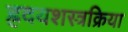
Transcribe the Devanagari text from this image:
ह्रदयशस्त्रक्रिया